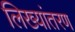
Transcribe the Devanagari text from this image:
लिख्यांतरण